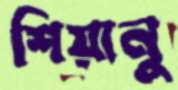
শিয়ানু